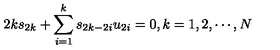
2 k s _ { 2 k } + \sum _ { i = 1 } ^ { k } s _ { 2 k - 2 i } u _ { 2 i } = 0 , k = 1 , 2 , \cdots , N